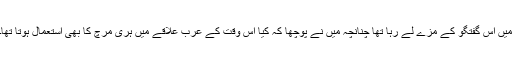
میں اس گفتگو کے مزے لے رہا تھا چنانچہ میں نے پوچھا کہ کیا اس وقت کے عرب علاقے میں ہری مرچ کا بھی استعمال ہوتا تھا۔